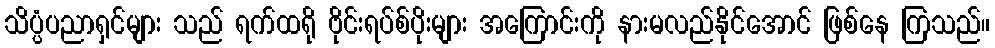
သိပ္ပံပညာရှင်များ သည် ရက်ထရို ဗိုင်းရပ်စ်ပိုးများ အကြောင်းကို နားမလည်နိုင်အောင် ဖြစ်နေ ကြသည်။